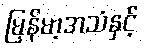
မြန်မာ့အသံနှင့်